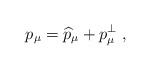
LaTeX: \begin{align*}p_\mu =\widehat{p}_\mu +p_\mu ^{\bot }\;,\end{align*}